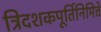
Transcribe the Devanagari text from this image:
त्रिदशकपूर्तिनिमित्ते